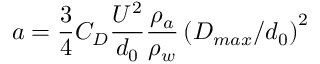
a = \frac { 3 } { 4 } C _ { D } \frac { U ^ { 2 } } { d _ { 0 } } \frac { \rho _ { a } } { \rho _ { w } } \left( { D _ { m a x } / d _ { 0 } } \right) ^ { 2 }